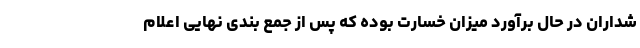
شداران در حال برآورد میزان خسارت بوده که پس از جمع بندی نهایی اعلام